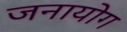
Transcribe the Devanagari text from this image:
जनायोग